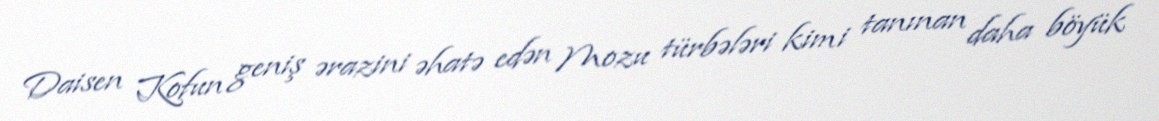
Daisen Kofun geniş ərazini əhatə edən Mozu türbələri kimi tanınan daha böyük